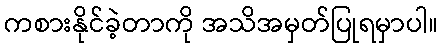
ကစားနိုင်ခဲ့တာကို အသိအမှတ်ပြုရမှာပါ။